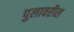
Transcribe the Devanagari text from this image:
पुलावरील